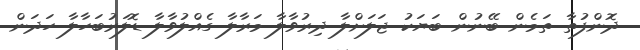
ދޮންފުތާ ތަމެން ބޭނުން ބަޔަކު ޖަލަށްލާ ދިރުވާލާ މަރާލާ ގެއްލުވާލާ ޑޮލަރުބަހާލާ ހަދަން